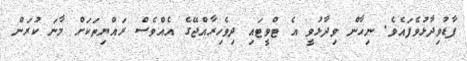
ފާޑުވިދާޅުވެފައެވެ. ނިހާން ވިދާޅުވީ އެ ޓްވީޓައި ދިވެހިރާއްޖޭގެ އެއްވެސް ރައްޔިތަކަށް މާނަ ކުރަން